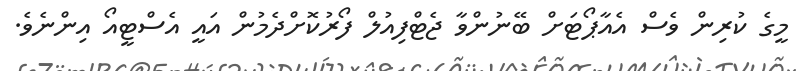
މީގެ ކުރިން ވެސް އެއާޕޯޓަށް ބޭނުންވާ ޖެޓްފިއުލް ފޯރުކޮށްދެމުން އައީ އެސްޓީއޯ އިންނެވެ.